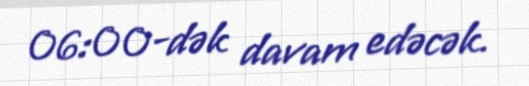
06:00-dək davam edəcək.